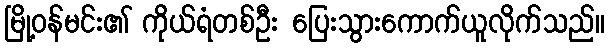
မြို့ဝန်မင်း၏ ကိုယ်ရံတစ်ဦး ပြေးသွားကောက်ယူလိုက်သည်။